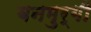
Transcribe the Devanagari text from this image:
बनमुर्गी